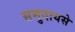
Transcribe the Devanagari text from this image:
समुदायसे